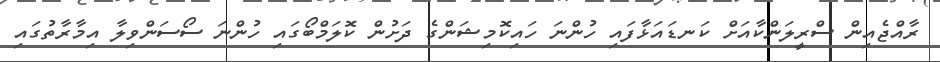
ރާއްޖެއިން ސްރީލަންކާއަށް ކަނޑައަޅާފައި ހުންނަ ހައިކޮމިޝަންގެ ދަށުން ކޮލަމްބޯގައި ހުންނަ ސޯސަންވިލާ އިމާރާތުގައި